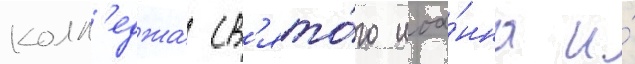
колл'еджа св'ято́го иоа́нна и́